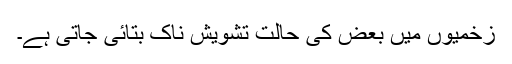
زخمیوں میں بعض کی حالت تشویش ناک بتائی جاتی ہے۔